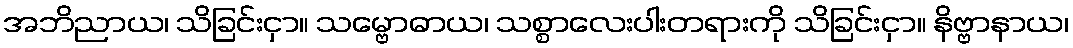
အဘိညာယ၊ သိခြင်းငှာ။ သမ္ဗောဓာယ၊ သစ္စာလေးပါးတရားကို သိခြင်းငှာ။ နိဗ္ဗာနာယ၊